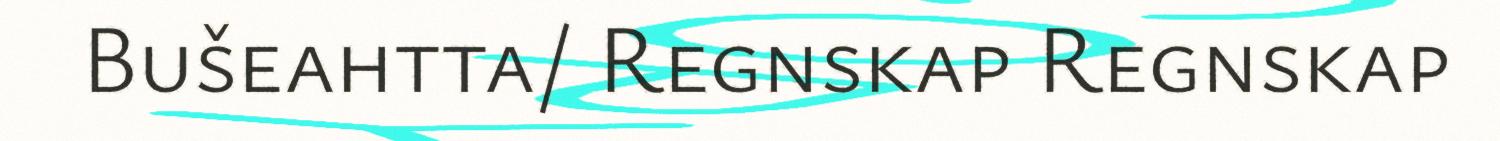
Bušeahtta/ Regnskap Regnskap